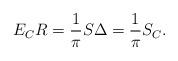
LaTeX: \begin{align*}E_CR = \frac{1}{\pi}S\Delta = \frac{1}{\pi}S_C.\end{align*}